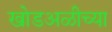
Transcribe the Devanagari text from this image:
खोडअळीच्या